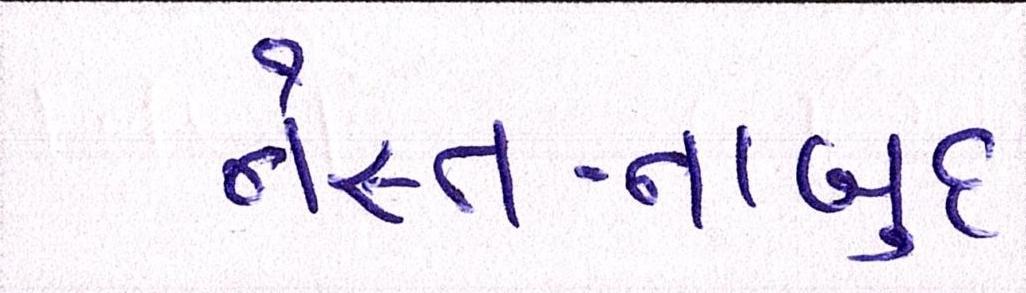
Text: નેસ્ત-નાબુદ